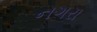
નગરા